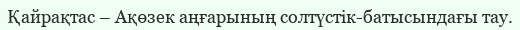
Қайрақтас – Ақөзек аңғарының солтүстік-батысындағы тау.